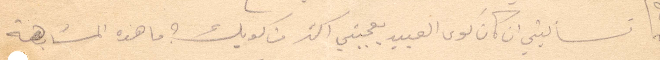
سألتيني ان كان كوى العبيد يعجبني اكثر من كويك؟ ما هذه المشابهة